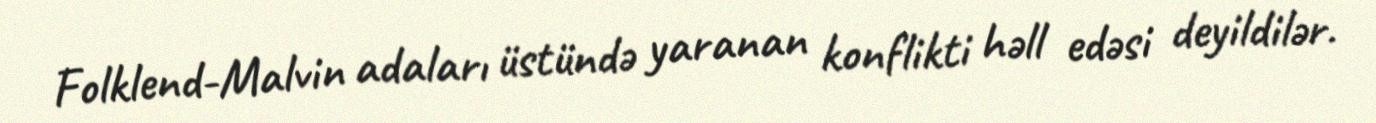
Folklend-Malvin adaları üstündə yaranan konflikti həll edəsi deyildilər.